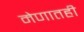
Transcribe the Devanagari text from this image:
मेणातही